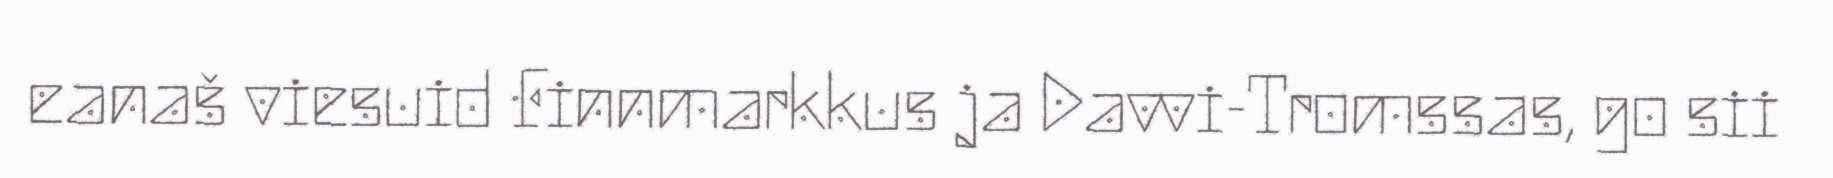
eanaš viesuid Finnmarkkus ja Davvi-Tromssas, go sii